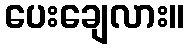
ပေးချေလား။